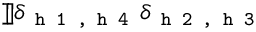
] \! ] \delta _ { \texttt { h 1 , h 4 } } \delta _ { \texttt { h 2 , h 3 } }